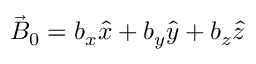
\vec { B } _ { 0 } = b _ { x } \hat { x } + b _ { y } \hat { y } + b _ { z } \hat { z }